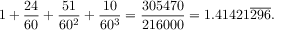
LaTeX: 1 + { \frac { 2 4 } { 6 0 } } + { \frac { 5 1 } { 6 0 ^ { 2 } } } + { \frac { 1 0 } { 6 0 ^ { 3 } } } = { \frac { 3 0 5 4 7 0 } { 2 1 6 0 0 0 } } = 1 . 4 1 4 2 1 { \overline { { 2 9 6 } } } .